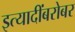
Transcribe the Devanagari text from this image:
इत्यादींबरोबर